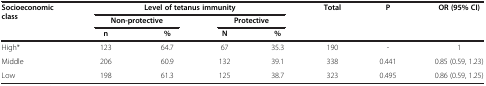
| <ROWSPAN=3> Socioeconomic class | <COLSPAN=4> Level of tetanus immunity | Total | P | OR (95% CI) |
 | <COLSPAN=2> Non-protective | <COLSPAN=2> Protective | <ROWSPAN=2>  | <ROWSPAN=2>  | <ROWSPAN=2>  |
 | n | % | N | % |
 | --- | --- | --- | --- | --- | --- | --- | --- |
 | High* | 123 | 64.7 | 67 | 35.3 | 190 | - | 1 |
 | Middle | 206 | 60.9 | 132 | 39.1 | 338 | 0.441 | 0.85 (0.59, 1.23) |
 | Low | 198 | 61.3 | 125 | 38.7 | 323 | 0.495 | 0.86 (0.59, 1.25) |